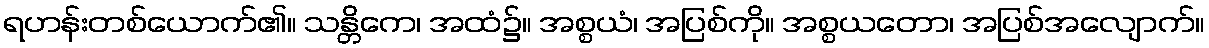
ရဟန်းတစ်ယောက်၏။ သန္တိကေ၊ အထံ၌။ အစ္စယံ၊ အပြစ်ကို။ အစ္စယတော၊ အပြစ်အလျောက်။